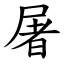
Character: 屠